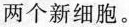
两个新细胞。